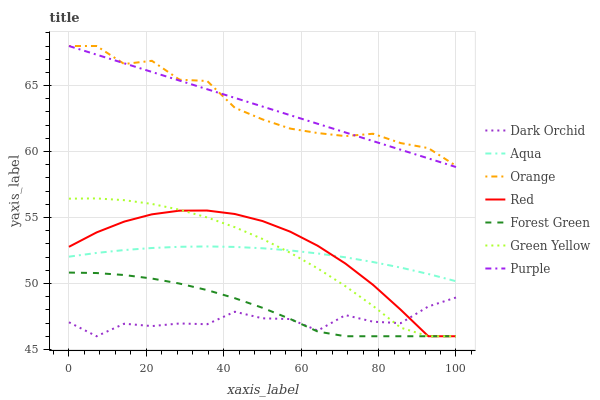
| xaxis_label | Dark Orchid | Aqua | Orange | Red | Forest Green | Green Yellow | Purple |
 | --- | --- | --- | --- | --- | --- | --- | --- |
 | 0 | 47.1 | 52 | 68 | 52.8 | 50.8 | 56.4 | 68 |
 | 7.14 | 46 | 52.3 | 68 | 53.9 | 50.8 | 56.4 | 67.3 |
 | 14.3 | 47 | 52.5 | 66.6 | 54.7 | 50.6 | 56.3 | 66.7 |
 | 21.4 | 46.8 | 52.7 | 66.9 | 55.2 | 50.4 | 56 | 66 |
 | 28.6 | 47 | 52.8 | 65.4 | 55.5 | 50 | 55.6 | 65.4 |
 | 35.7 | 46.9 | 52.8 | 65.3 | 55.5 | 49.5 | 55 | 64.7 |
 | 42.9 | 47.9 | 52.8 | 63.3 | 55.3 | 48.9 | 54.3 | 64.1 |
 | 50 | 47.4 | 52.7 | 62.4 | 54.7 | 48.2 | 53.4 | 63.4 |
 | 57.1 | 47.3 | 52.5 | 61.7 | 53.9 | 47.3 | 52.3 | 62.8 |
 | 64.3 | 46.4 | 52.3 | 61.4 | 52.9 | 46.4 | 51.1 | 62.1 |
 | 71.4 | 47.6 | 52 | 61.2 | 51.5 | 46 | 49.8 | 61.4 |
 | 78.6 | 47.1 | 51.6 | 61.3 | 49.9 | 46 | 48.3 | 60.8 |
 | 85.7 | 47 | 51.2 | 60.6 | 48 | 46 | 46.7 | 60.1 |
 | 92.9 | 48.3 | 50.7 | 60.3 | 46 | 46 | 46 | 59.5 |
 | 100 | 48.9 | 50.2 | 58.9 | 46 | 46 | 46 | 58.8 |